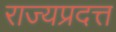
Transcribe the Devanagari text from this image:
राज्यप्रदत्त